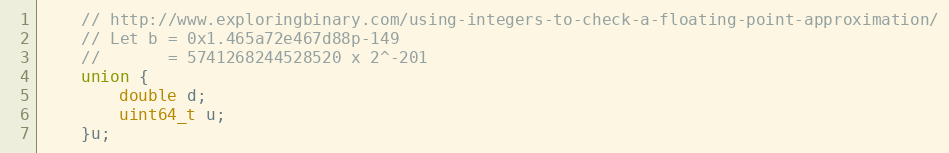
Language: C++
    // http://www.exploringbinary.com/using-integers-to-check-a-floating-point-approximation/
    // Let b = 0x1.465a72e467d88p-149
    //       = 5741268244528520 x 2^-201
    union {
        double d;
        uint64_t u;
    }u;